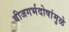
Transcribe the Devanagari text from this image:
बीजगर्भदोषांमुळे